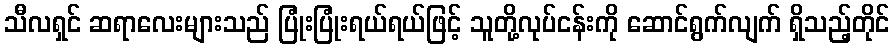
သီလရှင် ဆရာလေးများသည် ပြုံးပြုံးရယ်ရယ်ဖြင့် သူတို့လုပ်ငန်းကို ဆောင်ရွက်လျက် ရှိသည့်တိုင်